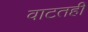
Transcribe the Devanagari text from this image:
वाटतही